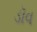
ડૉવ